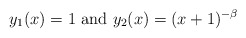
\begin{align*}y_1(x)=1\mbox{ and }y_2(x)=(x+1)^{-\beta}\end{align*}